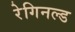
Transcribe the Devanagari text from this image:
रेगिनल्ड